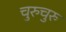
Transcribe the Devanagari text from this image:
चुरुचुरु